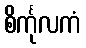
စိင်္ကုလကံ